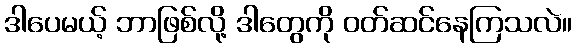
ဒါပေမယ့် ဘာဖြစ်လို့ ဒါတွေကို ဝတ်ဆင်နေကြသလဲ။